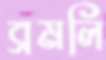
ব্রমলি